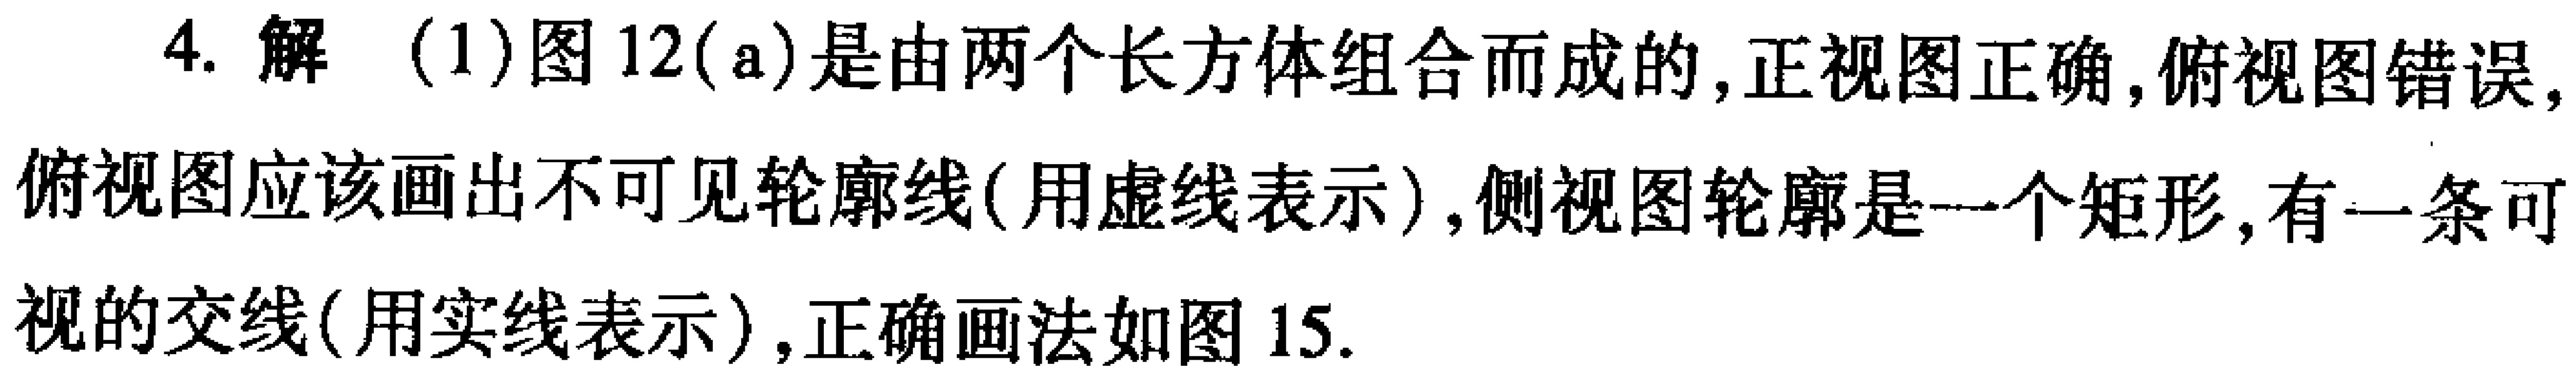
4. 解 (1)图12(a)是由两个长方体组合而成的,正视图正确,俯视图错误,俯视图应该画出不可见轮廓线(用虚线表示),侧视图轮廓是一个矩形,有一条可视的交线(用实线表示),正确画法如图15.